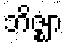
ဘိဇ္ဈာ